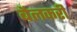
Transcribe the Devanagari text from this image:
बैलकरी